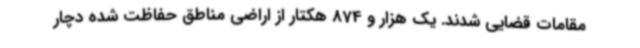
مقامات قضایی شدند. یک هزار و 874 هکتار از اراضی مناطق حفاظت شده دچار